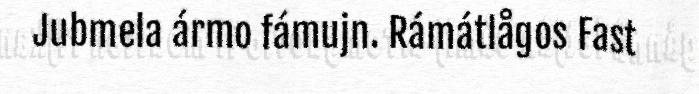
Jubmela ármo fámujn. Rámátlågos Fast